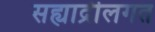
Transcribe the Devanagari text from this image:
सह्याद्रीलगत